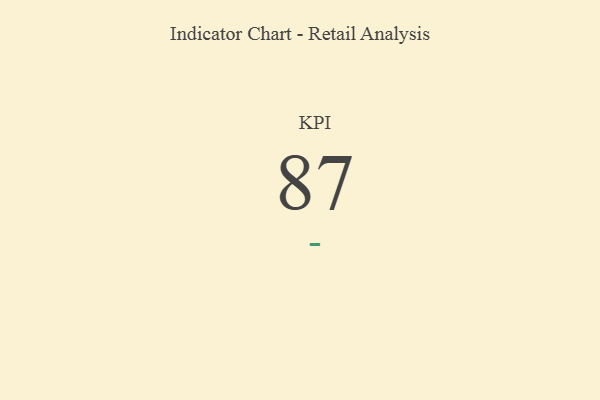
{"axis": {"x": "KPI", "y": "Value"}, "legend": [""], "data": [{"x": "KPI", "y": 87, "type": ""}]}